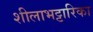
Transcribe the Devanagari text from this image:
शीलाभट्टारिका